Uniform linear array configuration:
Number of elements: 64
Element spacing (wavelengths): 0.25
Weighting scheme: uniform
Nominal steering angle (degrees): -15
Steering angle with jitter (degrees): -13.801
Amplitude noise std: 0.05
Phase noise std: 0.05

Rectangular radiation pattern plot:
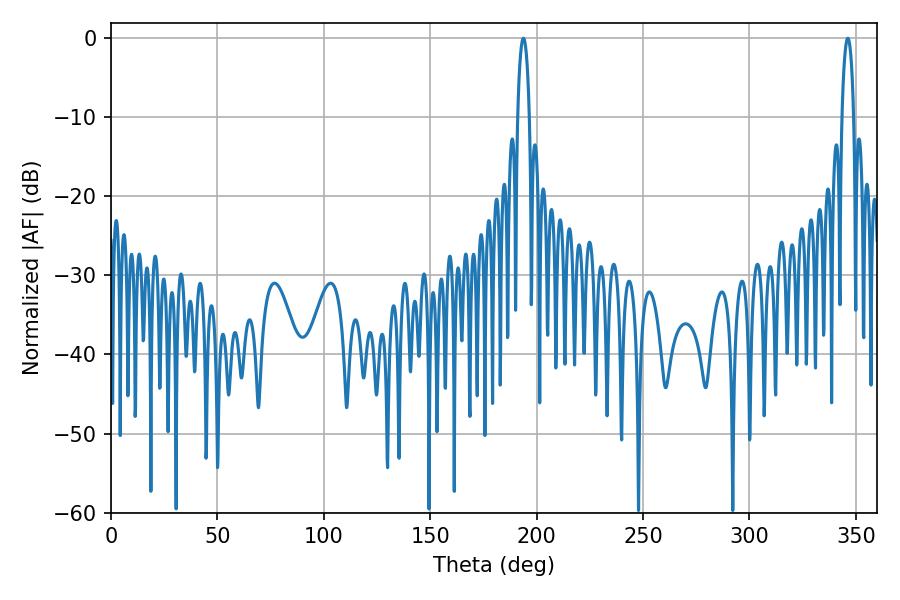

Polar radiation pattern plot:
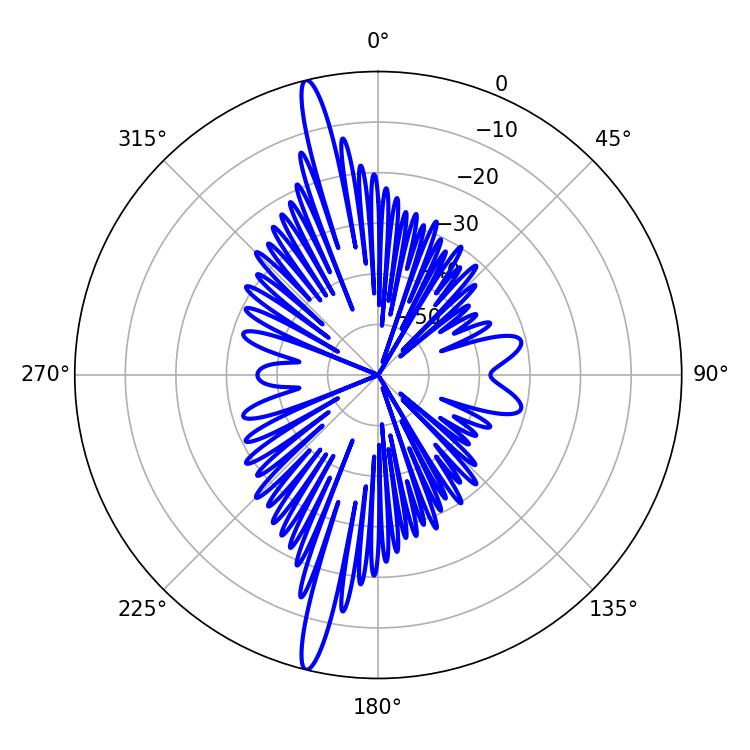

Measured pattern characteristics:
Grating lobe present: FALSE
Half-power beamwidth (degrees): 3.06
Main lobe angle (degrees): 193.86